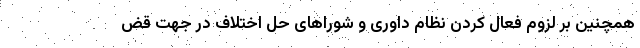
همچنین بر لزوم فعال کردن نظام داوری و شوراهای حل اختلاف در جهت قض